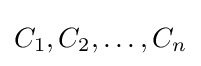
C_{1},C_{2},\dots ,C_{n}